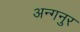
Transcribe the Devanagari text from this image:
अन्गनुर